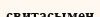
свитасымен